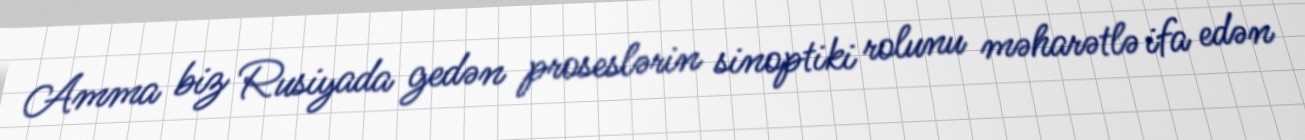
Amma biz Rusiyada gedən proseslərin sinoptiki rolunu məharətlə ifa edən